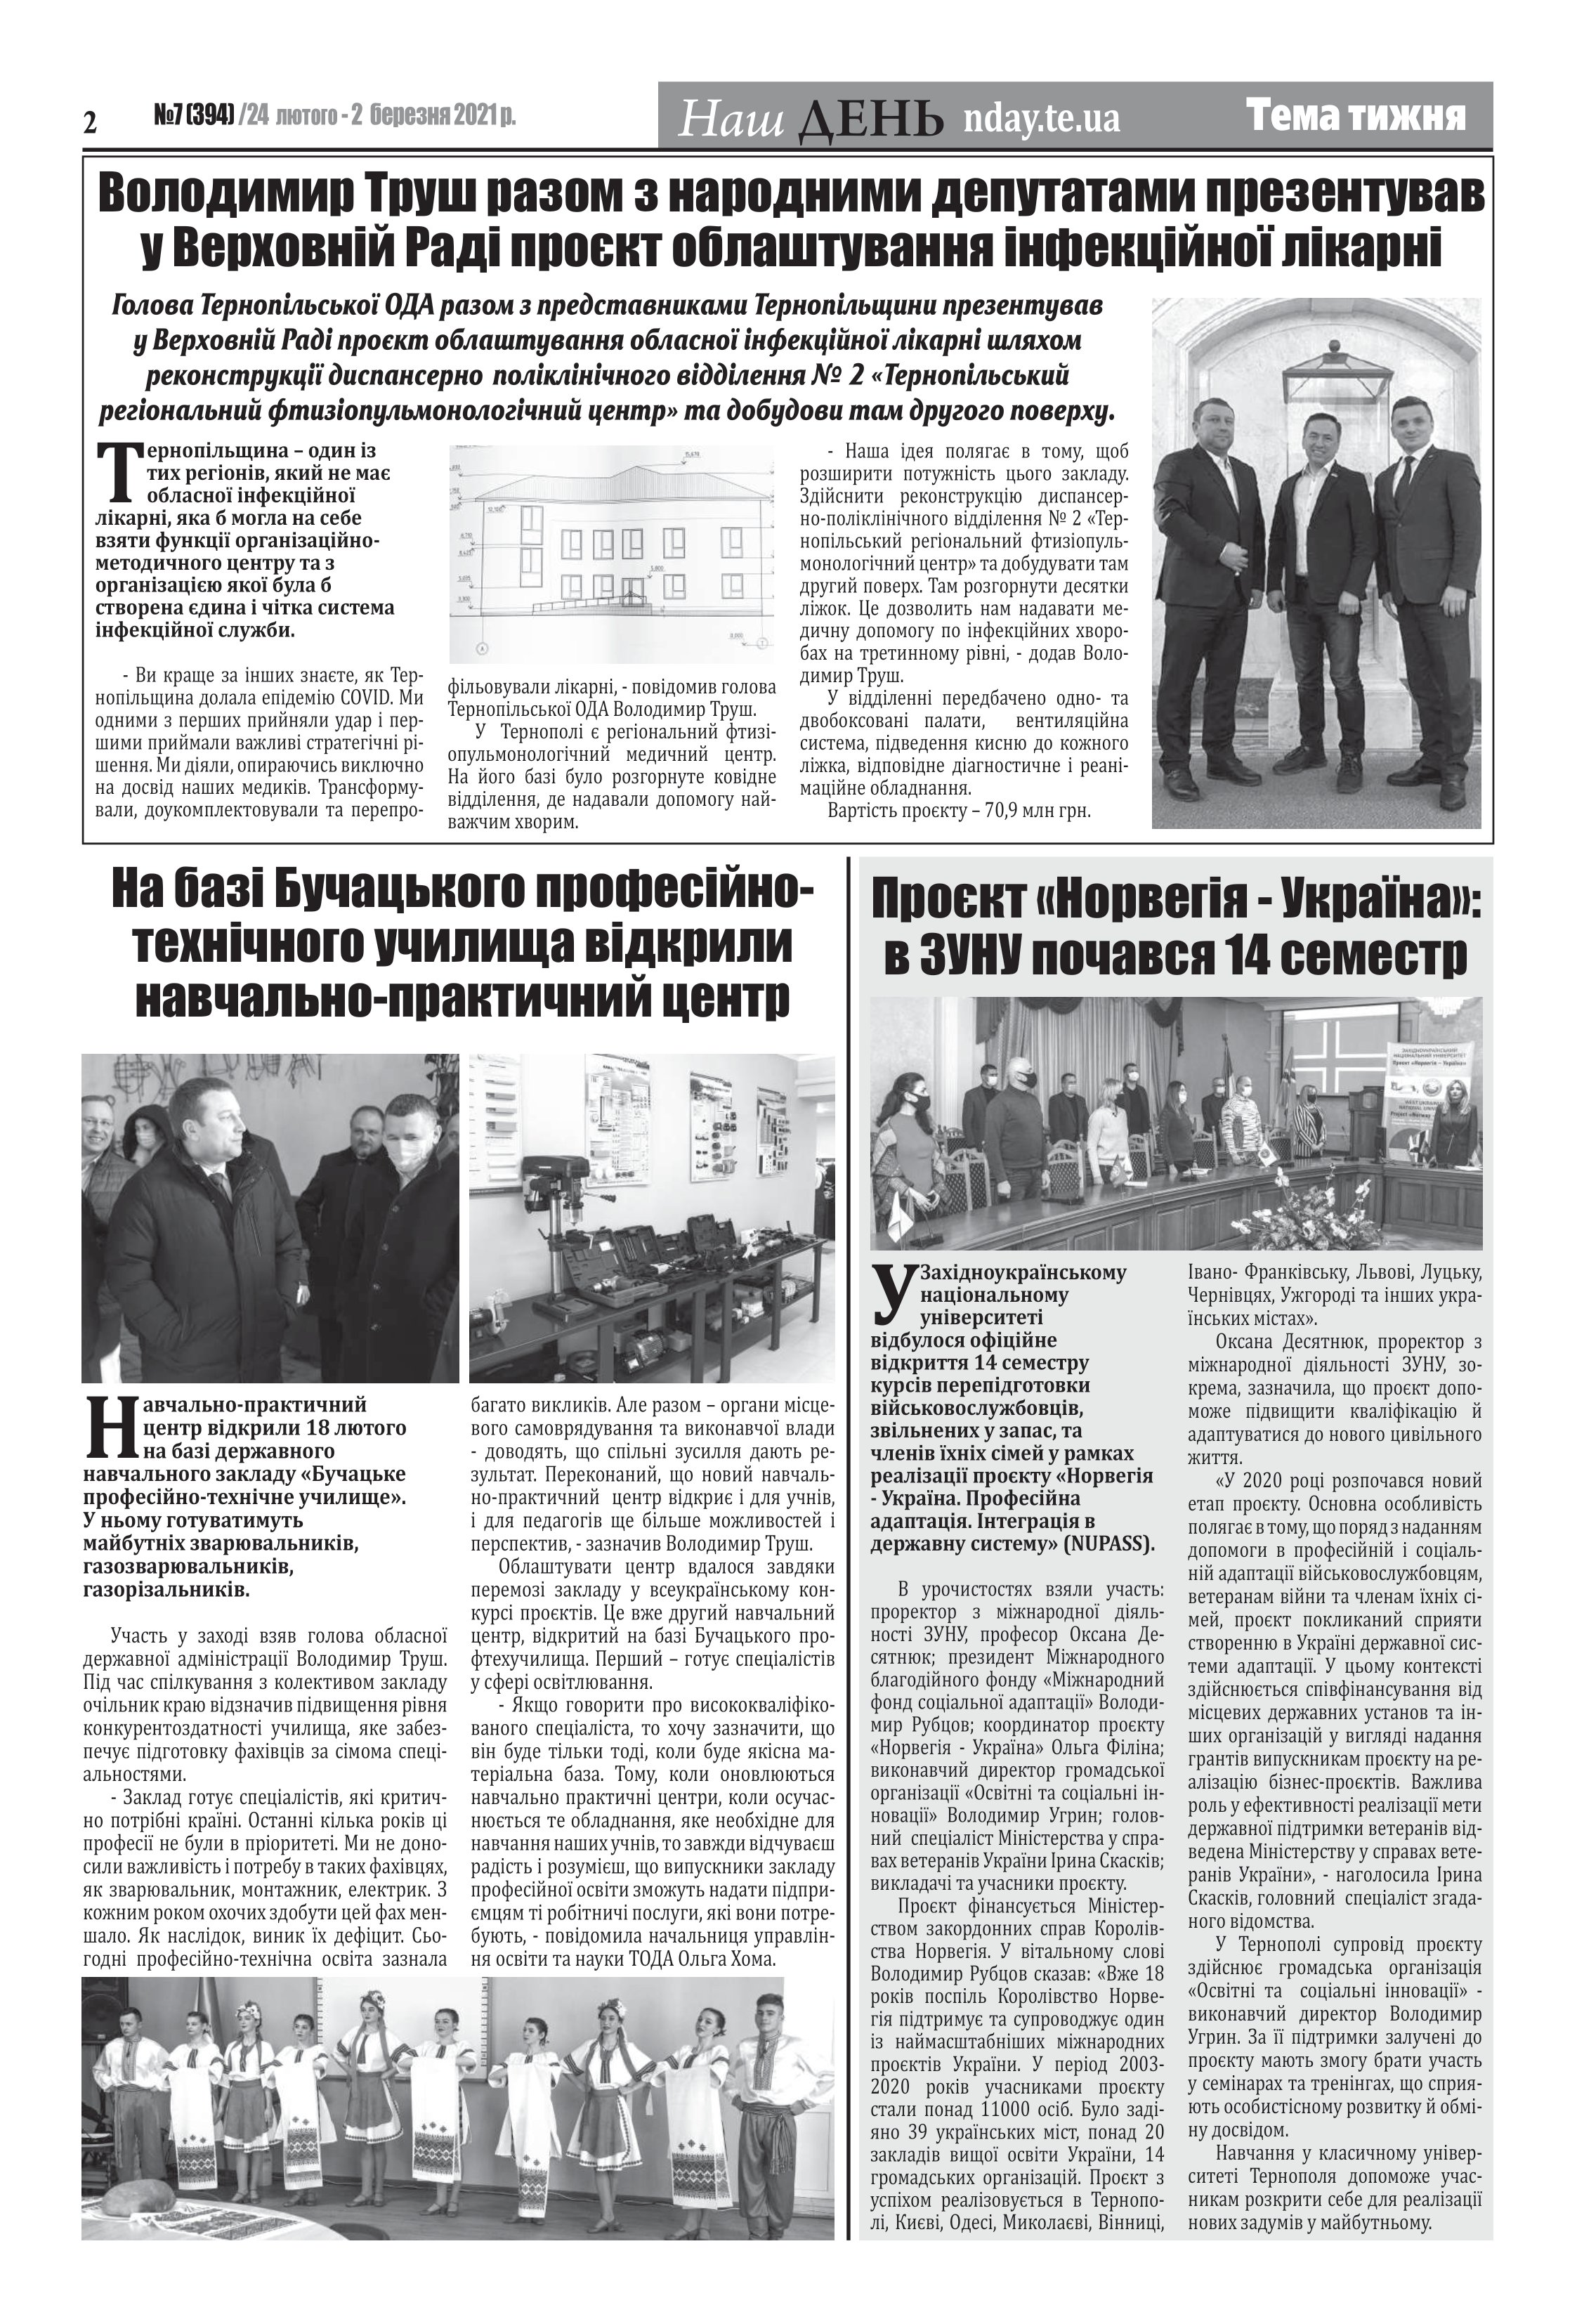
Language: uk